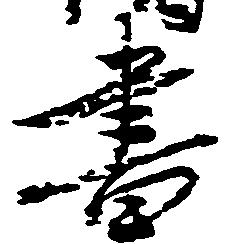
書